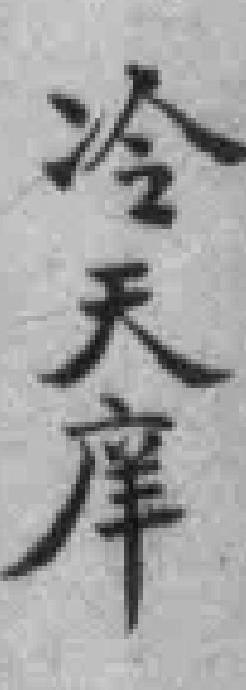
冷天庠